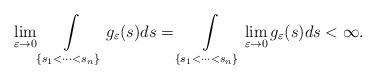
LaTeX: \begin{align*}\lim\limits_{\varepsilon\rightarrow 0} \int\limits_{\{s_1<\cdots< s_n\}} g_\varepsilon(s) ds =\int\limits_{\{s_1<\cdots< s_n\}} \lim\limits_{\varepsilon\rightarrow 0} g_\varepsilon(s) ds <\infty.\end{align*}